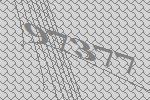
97377